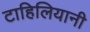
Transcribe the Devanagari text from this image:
टाहिलियानी